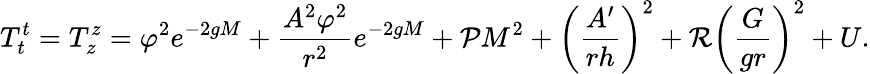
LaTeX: T_{t}^{t}=T_{z}^{z}=\varphi^{2}e^{-2gM}+\frac{A^{2}\varphi^{2}}{r^{2}}e^{-2gM}+{\cal P}M^{2}+\left(\frac{A^{\prime}}{rh}\right)^{2}+{\cal R}\left(\frac{G}{gr}\right)^{2}+U.